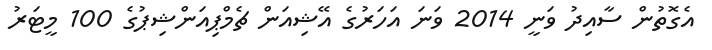
އެގޮތުން ސާއިދު ވަނީ 2014 ވަނަ އަހަރުގެ އޭޝިއަން ޗެމްޕިއަންޝިޕުގެ 100 މީޓަރު